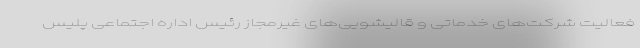
فعالیت شرکت‌های خدماتی و قالیشویی‌های غیرمجاز رئیس اداره اجتماعی پلیس